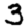
Digit: 3